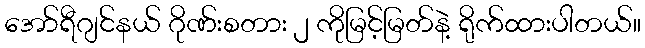
အော်ရီဂျင်နယ် ဂိုဏ်းစတား ၂ ကိုမြင့်မြတ်နဲ့ ရိုက်ထားပါတယ်။